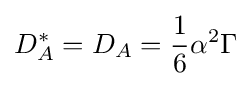
D_{A}^{*}=D_{A}={\frac {1}{6}}\alpha ^{2}\Gamma